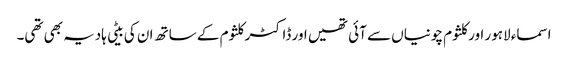
اسماء لاہور اور کلثوم چونیاں سے آئی تھیں اور ڈاکٹر کلثوم کے ساتھ ان کی بیٹی ہادیہ بھی تھی۔